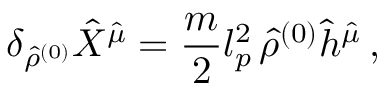
\delta _ { { \hat { \rho } } ^ { ( 0 ) } } { \hat { X } } ^ { \hat { \mu } } = \frac { m } { 2 } l _ { p } ^ { 2 } \, { \hat { \rho } } ^ { ( 0 ) } { \hat { h } } ^ { \hat { \mu } } \, ,